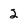
Character: 2